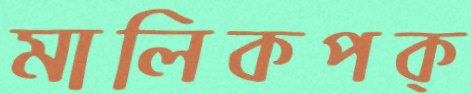
মালিকপক্